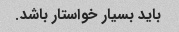
باید بسیار خواستار باشد.